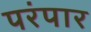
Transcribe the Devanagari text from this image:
परंपार